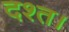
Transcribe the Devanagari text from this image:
दश्त।